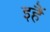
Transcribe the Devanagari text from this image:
इहैं